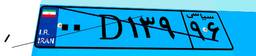
۹۸D۱۹۶۸۸